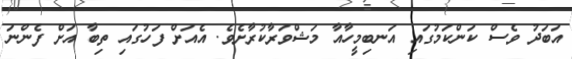
އަބަދު ވެސް ކަންކަމުގައި އަނބިމީހާއާ މަޝްވަރާކުރާށެވެ. އެއަށް ފަހުގައި ތިބާ އަށް ފެންނަ